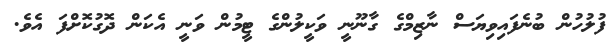
ފުލުހުން ބުނެފައިވިޔަސް ނާޒިމްގެ ގާނޫނީ ވަކީލުންގެ ޓީމުން ވަނީ އެކަން ދޮގުކޮށްފަ އެވެ.